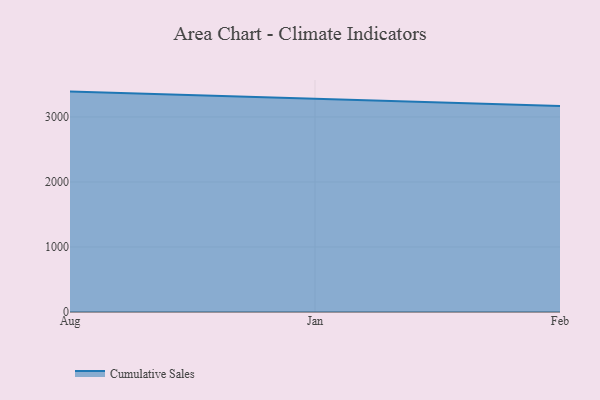
{"axis": {"x": "Month", "y": "LTV (USD)"}, "legend": ["Cumulative Sales"], "data": [{"x": "Aug", "y": 3389.9, "type": "Cumulative Sales"}, {"x": "Jan", "y": 3274.6, "type": "Cumulative Sales"}, {"x": "Feb", "y": 3169.5, "type": "Cumulative Sales"}]}